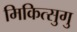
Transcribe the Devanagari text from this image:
मिकित्सुगु